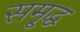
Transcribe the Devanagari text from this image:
समृ्द्ध